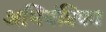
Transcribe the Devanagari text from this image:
अभियंत्रिका